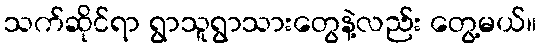
သက်ဆိုင်ရာ ရွာသူရွာသားတွေနဲ့လည်း တွေ့မယ်။